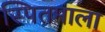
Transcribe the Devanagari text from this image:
स्पितमाला